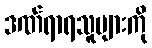
ဒဏ်ရာရသူများကို